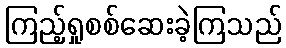
ကြည့်ရှုစစ်ဆေးခဲ့ကြသည်